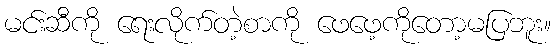
မင်းဆီကို ရေးလိုက်တဲ့စာကို ဖေဖေ့ကိုတော့မပြဘူး။